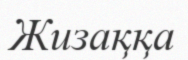
Жизаққа